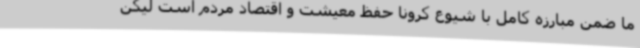
ما ضمن مبارزه کامل با شیوع کرونا حفظ معیشت و اقتصاد مردم است لیکن